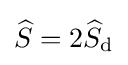
{\widehat {S}}=2{\widehat {S}}_{\text{d}}